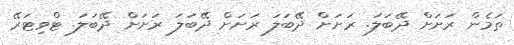
ތަމެން ރަށަށް ދޭބަލަ. ރަށަށް ދޭބަލަ ރަށަށް ދޭބަލަ ރަށަށް ދޭބަލަ. ޓްވިޓަރޭ